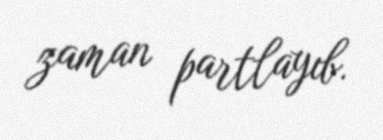
zaman partlayıb.